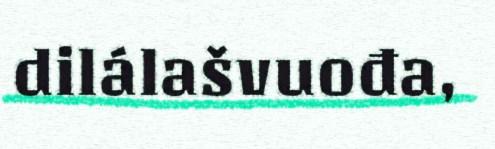
dilálašvuođa,